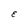
Character: E